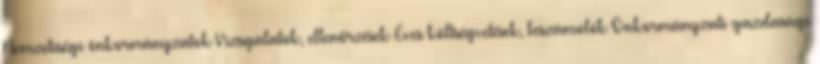
Nemzetiségi önkormányzatok Vizsgálatok, ellenőrzések Éves költségvetések, beszámolók Önkormányzati gazdasági